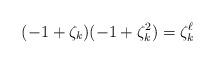
LaTeX: \begin{align*}(-1+\zeta_k)(-1+\zeta_k^2)=\zeta_k^\ell\end{align*}